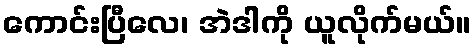
ကောင်းပြီလေ၊ အဲဒါကို ယူလိုက်မယ်။